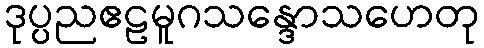
ဒုပ္ပညဧဠမူဂသန္ဒောသဟေတု